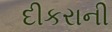
દીકરાની